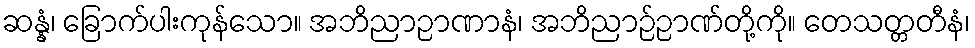
ဆန္နံ၊ ခြောက်ပါးကုန်သော။ အဘိညာဉာဏာနံ၊ အဘိညာဉ်ဉာဏ်တို့ကို။ တေသတ္တတီနံ၊